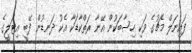
ފައިނަލް މެޗުގެ ވަކި ހިސާބަކުން އޭނާ ރަތްކާޑަކާ އެކު ދަނޑުން ފޭބީ އިޓަލީގެ